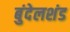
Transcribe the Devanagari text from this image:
बुंदेलशंड